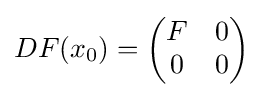
DF(x_{0})={\begin{pmatrix}F&0\\0&0\end{pmatrix}}